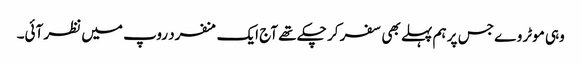
وہی موٹر وے جس پر ہم پہلے بھی سفر کر چکے تھے آج ایک منفرد روپ میں نظر آئی۔